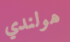
هولندي